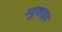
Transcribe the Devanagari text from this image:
म्युकाइड